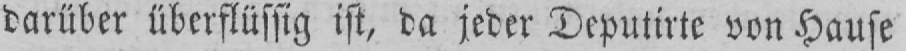
darüber überflüssig ist, da jeder Deputirte von Hause